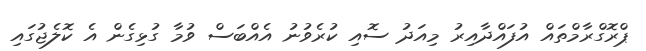
ޕްރޮގްރާމްތައް އުފައްދާއިރު މިއަދު ސޮއި ކުރެވުނު އެއްބަސް ވުމާ ގުޅިގެން އެ ކޮލެޖުގައި